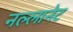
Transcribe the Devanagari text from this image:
नल्लानेट